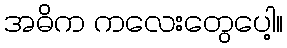
အဓိက ကလေးတွေပေါ့။